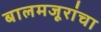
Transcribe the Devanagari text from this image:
बालमजूरांचा